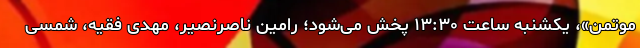
موتمن»، یکشنبه ساعت ۱۳:۳۰ پخش می‌شود؛ رامین ناصرنصیر، مهدی فقیه، شمسی